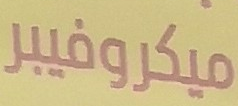
ميكروفيبر